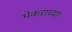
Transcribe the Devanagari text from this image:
भेकराच्या